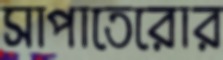
সাপাতেরোর